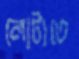
লোটাতে